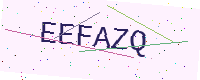
Text: EEFAZQ